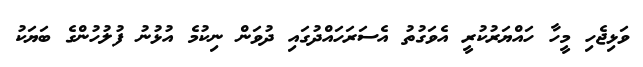
ވަޅިޖެހި މީހާ ހައްޔަރުކުރީ އެވަގުތު އެސަރަހައްދުގައި ދުވަން ނިކުމެ އުޅުނު ފުލުހުންގެ ބަޔަކު